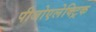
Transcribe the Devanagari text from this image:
पीजोएलेक्ट्रिक